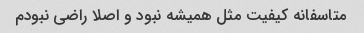
متاسفانه کیفیت مثل همیشه نبود و اصلا راضی نبودم